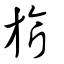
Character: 旂